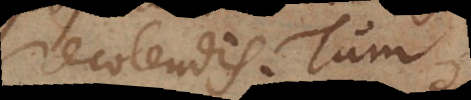
recolendis. Tum